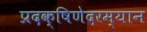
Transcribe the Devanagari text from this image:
प्रदक्षिणेदरम्यान